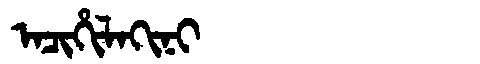
Manchu: ᠠᠴᡳᡥᡳᠯᠠᡴᡳᠨᡳ
Romanization: ACIHILAKINI